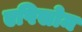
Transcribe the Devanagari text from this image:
एपिसोम